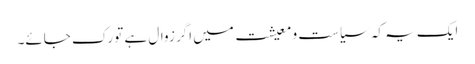
ایک یہ کہ سیاست و معیشت میں اگر زوال ہے تو رک جائے۔